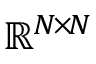
\mathbb { R } ^ { N \! \times \! N }